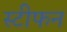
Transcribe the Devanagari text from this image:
स्‍टीफन